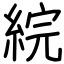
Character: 綄